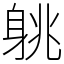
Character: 䠷